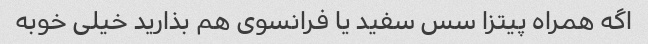
اگه همراه پیتزا سس سفید یا فرانسوی هم بذارید خیلی خوبه